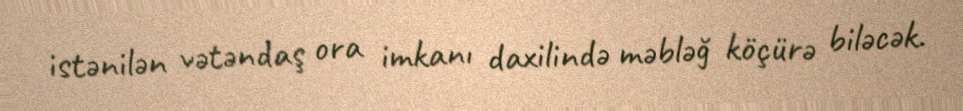
istənilən vətəndaş ora imkanı daxilində məbləğ köçürə biləcək.